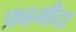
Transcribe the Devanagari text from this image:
फ़हमीदा